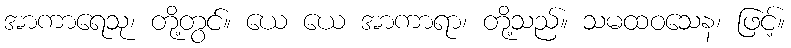
အာကာရေသု၊ တို့တွင်။ ယေ ယေ အာကာရာ၊ တို့သည်။ သမထဝသေန၊ ဖြင့်။